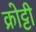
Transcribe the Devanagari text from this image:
क्रोट्टी